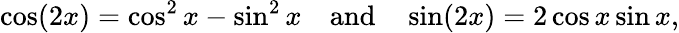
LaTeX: \cos(2x)=\cos^{2}x-\sin^{2}x\quad{\mathrm{and}}\quad\sin(2x)=2\cos x\sin x,